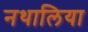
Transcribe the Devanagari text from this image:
नथालिया